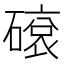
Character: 𥕦